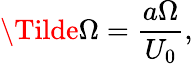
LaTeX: \Tilde{\Omega}=\frac{a\Omega}{U_{0}},